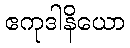
ဧကုဒါနိယော